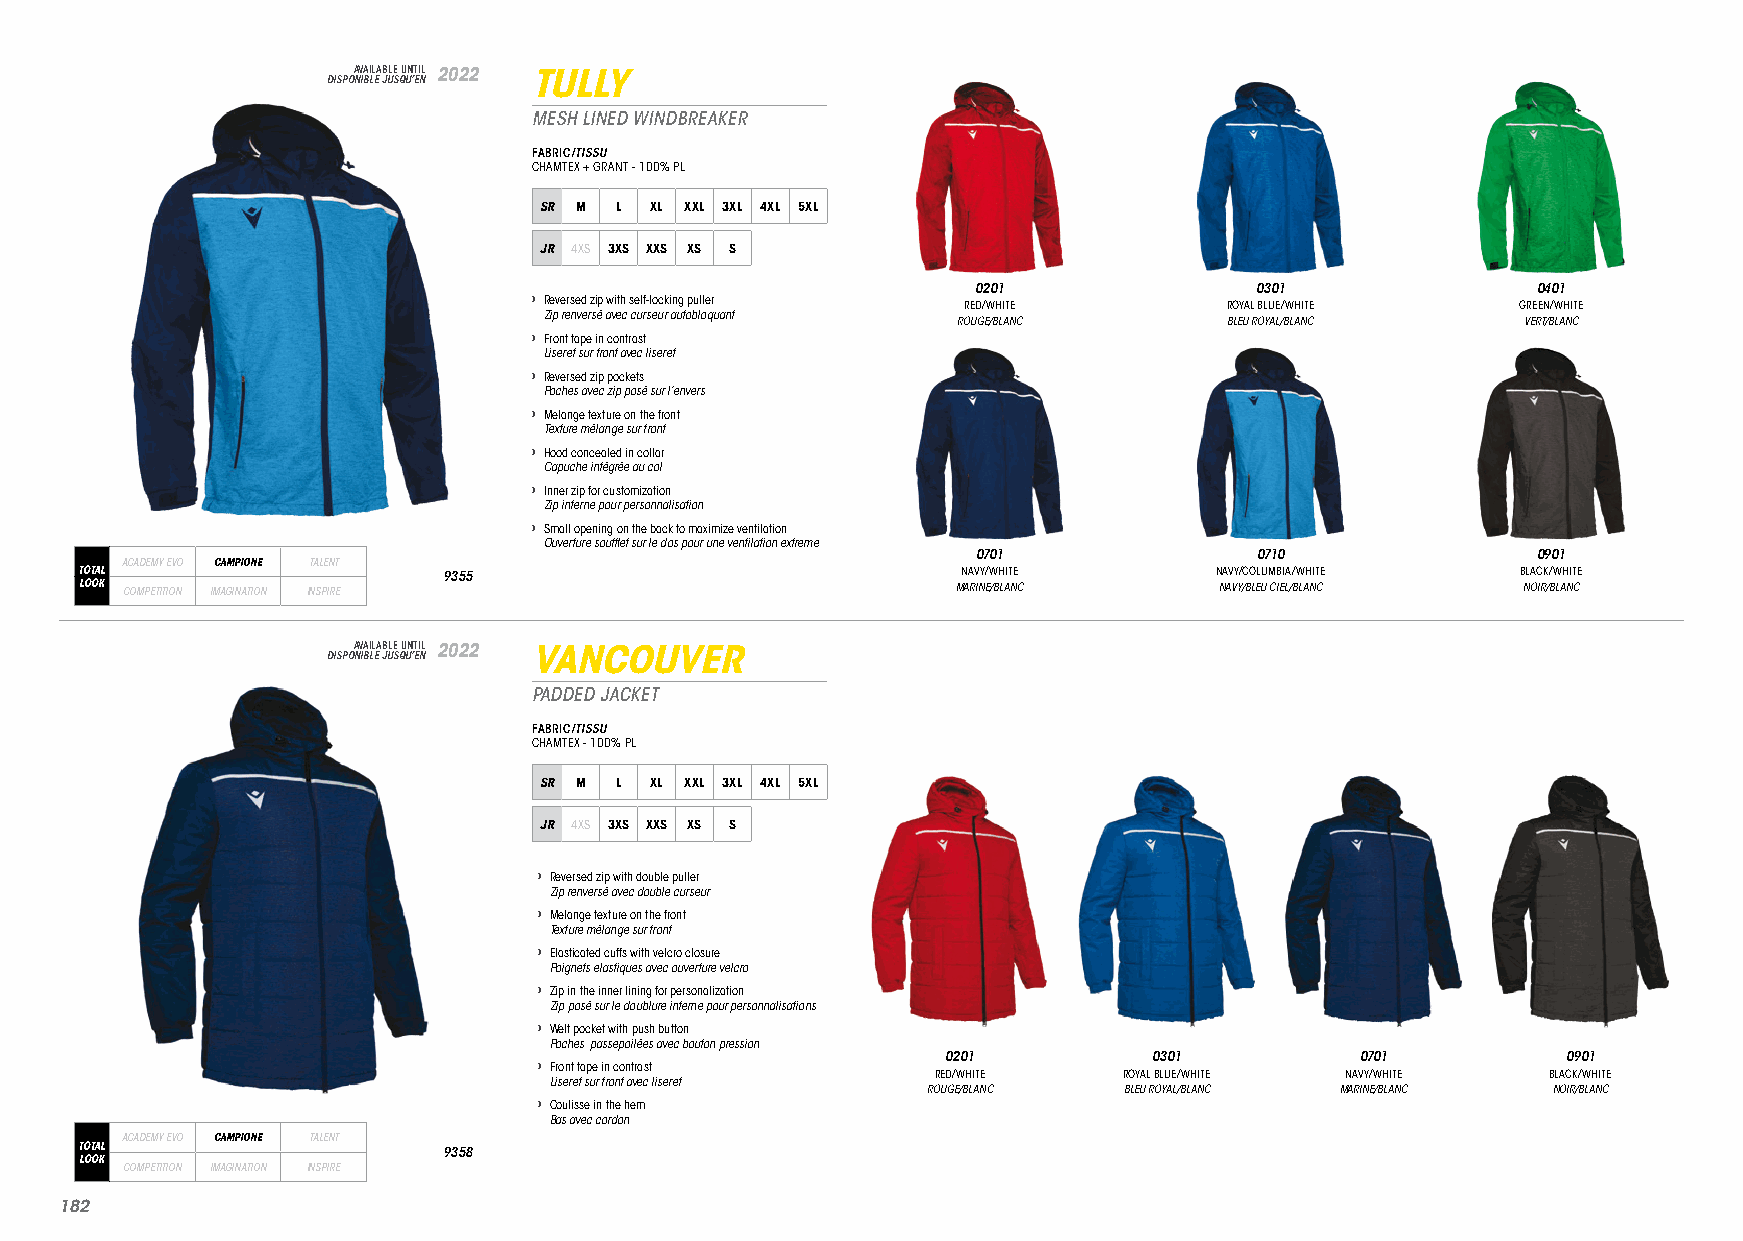
DISPOA NV IBA LIL EA JB ULE S QU UN ’T EI NL 2022 TULLY
 MESH LINED WINDBREAKER
 FABRIC/TISSU
 CHAMTEX + GRANT - 100% PL
 SR M L XL XXL 3XL 4XL 5XL
 JR 4XS 3XS XXS XS S
 0201              0301               0401
 › Reversed zip with self-locking puller RED/WHITE ROYAL BLUE/WHITE GREEN/WHITE
 Zip renversé avec curseur autobloquant
 ROUGE/BLANC       BLEU ROYAL/BLANC    VERT/BLANC
 › Front tape in contrast
 Liseret sur front avec liseret
 › Reversed zip pockets
 Poches avec zip posé sur l’envers
 › Melange texture on the front
 Texture mélange sur front
 › Hood concealed in collar
 Capuche intégrée au col
 › Inner zip for customization
 Zip interne pour personnalisation
 › Small opening on the back to maximize ventilation
 Ouverture soufflet sur le dos pour une ventilation extreme
 0701              0710               0901
 ACADEMY EVO CAMPIONE TALENT
 TOTAL                   9355                               NAVY/WHITE      NAVY/COLUMBIA/WHITE  BLACK/WHITE
 LOOK COMPETITION IMAGINATION INSPIRE                      MARINE/BLANC      NAVY/BLEU CIEL/BLANC NOIR/BLANC
 DISPOA NV IBA LIL EA JB ULE S QU UN ’T EI NL 2022 VANCOUVER
 PADDED JACKET
 FABRIC/TISSU
 CHAMTEX - 100% PL
 SR M L XL XXL 3XL 4XL 5XL
 JR 4XS 3XS XXS XS S
 › Reversed zip with double puller
 Zip renversé avec double curseur
 › Melange texture on the front
 Texture mélange sur front
 › Elasticated cuffs with velcro closure
 Poignets elastiques avec ouverture velcro
 › Zip in the inner lining for personalization
 Zip posé sur le doublure interne pour personnalisations
 › Welt pocket with push button
 Poches passepoilées avec bouton pression
 0201         0301          0701          0901
 › Front tape in contrast
 RED/WHITE   ROYAL BLUE/WHITE NAVY/WHITE  BLACK/WHITE
 Liseret sur front avec liseret
 ROUGE/BLANC  BLEU ROYAL/BLANC MARINE/BLANC NOIR/BLANC
 › Coulisse in the hem
 Bas avec cordon
 ACADEMY EVO CAMPIONE TALENT
 TOTAL                   9358
 LOOK
 COMPETITION IMAGINATION INSPIRE
 118822